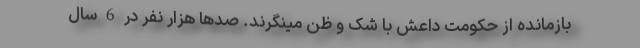
بازمانده از حکومت داعش با شک و ظن مینگرند. صدها هزار نفر در 6 سال